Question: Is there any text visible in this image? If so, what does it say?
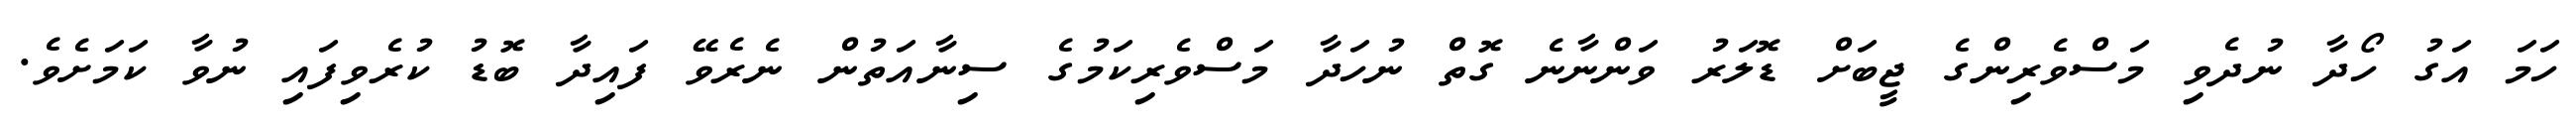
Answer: ހަމަ އަގު ހޯދާ ނުދެވި މަސްވެރިންގެ ޖީބަށް ޑޮލަރު ވަންނާނެ ގޮތް ނުހަދާ މަސްވެރިކަމުގެ ސިނާއަތުން ނެރެވޭ ފައިދާ ބޮޑު ކުރެވިފައި ނުވާ ކަމަށެވެ.